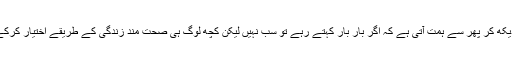
لیکن ایسے مریضوں کی مثال دیکھ کر پھر سے ہمت آتی ہے کہ اگر بار بار کہتے رہے تو سب نہیں لیکن کچھ لوگ ہی صحت مند زندگی کے طریقے اختیار کرکے بیماریوں سے دور رہیں گے۔